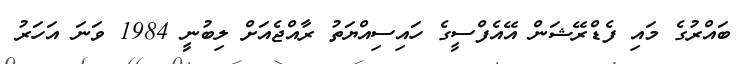
ބައްރުގެ މައި ފެޑްރޭޝަން އޭއެފްސީގެ ހައިސިއްޔަތު ރާއްޖެއަށް ލިބުނީ 1984 ވަނަ އަހަރު